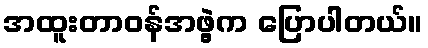
အထူးတာဝန်အဖွဲ့က ပြောပါတယ်။